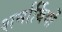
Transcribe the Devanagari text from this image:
शर्नार्थियों